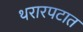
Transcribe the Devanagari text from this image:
थरारपटात